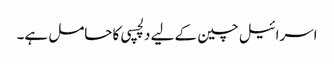
اسرائیل چین کے لیے دلچسپی کا حامل ہے۔